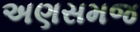
અણસમજ